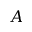
A